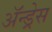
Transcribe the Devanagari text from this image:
ॲन्ड्रेस